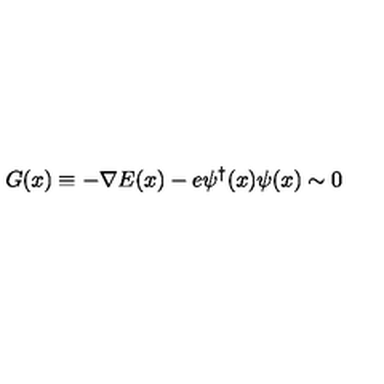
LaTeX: G ( x ) \equiv - \nabla E ( x ) - e \psi ^ { \dagger } ( x ) \psi ( x ) \sim 0